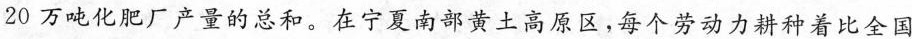
20万吨化肥厂产量的总和。在宁夏南部黄土高原区，每个劳动力耕种着比全国